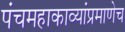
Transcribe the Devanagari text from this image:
पंचमहाकाव्यांप्रमाणेच